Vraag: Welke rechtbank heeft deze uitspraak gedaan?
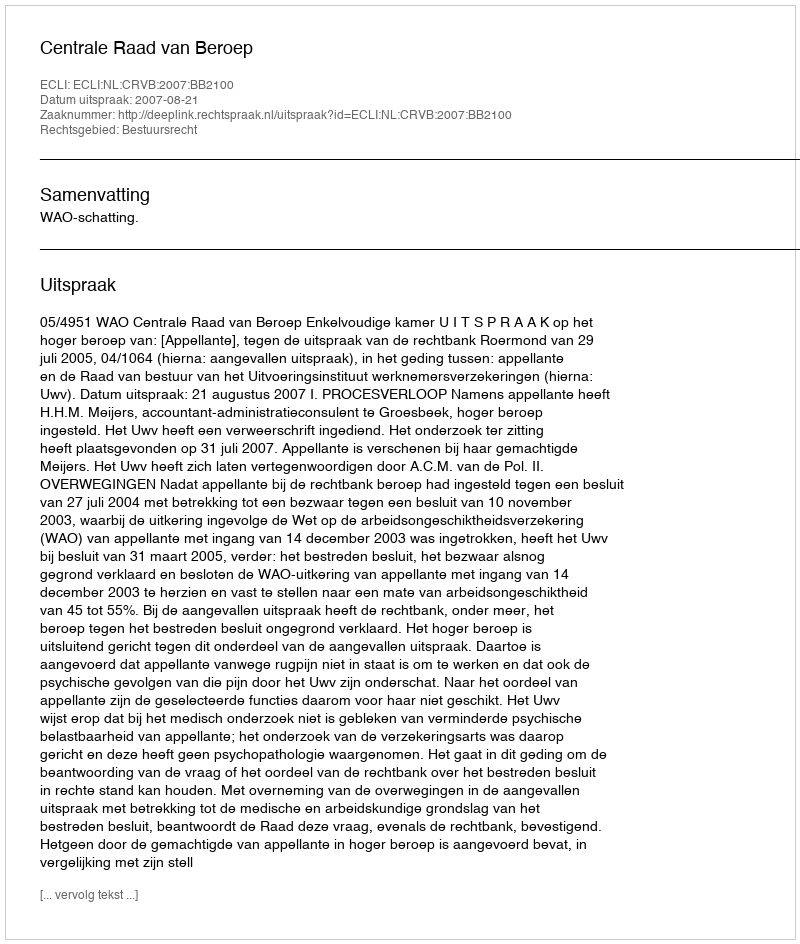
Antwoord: Centrale Raad van Beroep